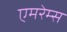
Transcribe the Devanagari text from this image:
एमरेम्स